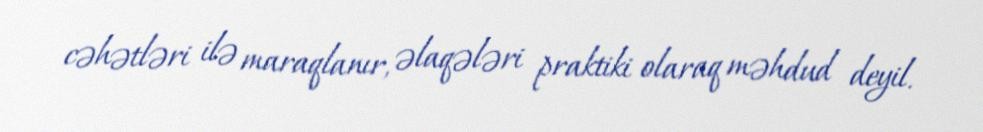
cəhətləri ilə maraqlanır, əlaqələri praktiki olaraq məhdud deyil.